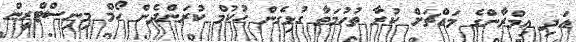
އަދި އިމްރާންގެ މައްޗަށް ކުރާ ތުހުމަތާ ގުޅިގެން ހުކުމް ކުރަންދެން ހޯމް މިނިސްޓްރީން